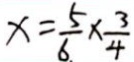
x = \frac { 5 } { 6 } \times \frac { 3 } { 4 }